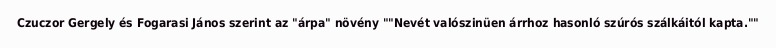
Czuczor Gergely és Fogarasi János szerint az "árpa" növény ""Nevét valószinüen árrhoz hasonló szúrós szálkáitól kapta.""